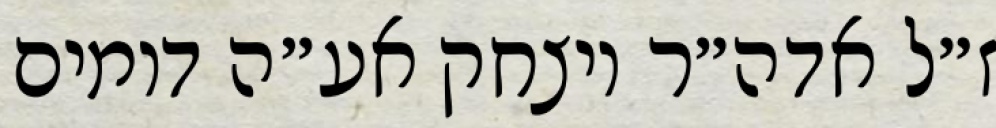
ז״ל אדה״ר ויצחק אע״ה דומים